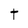
Character: t